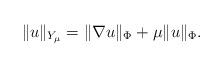
LaTeX: \begin{align*}\Vert u\Vert_{Y_{\mu}} = \Vert \nabla u\Vert_{\Phi} + \mu\Vert u\Vert_{\Phi}.\end{align*}